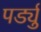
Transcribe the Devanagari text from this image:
पर्ड्यु